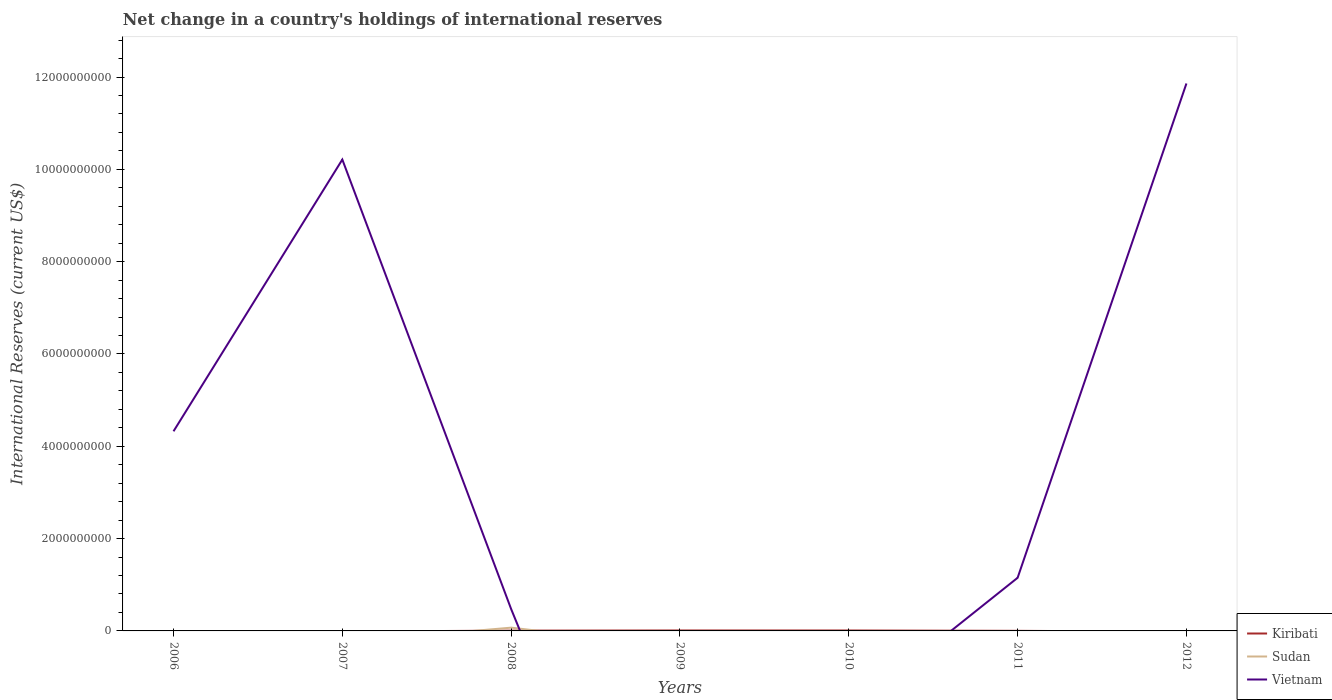
| Years | Kiribati | Sudan | Vietnam |
 | --- | --- | --- | --- |
 | 2006 | -9.53e+06 | -2.03e+08 | 4.32e+09 |
 | 2007 | -1.41e+07 | -2.45e+08 | 1.02e+10 |
 | 2008 | 6.53e+06 | 7.08e+07 | 4.74e+08 |
 | 2009 | 9.89e+06 | -3.56e+08 | -8.46e+09 |
 | 2010 | 9.5e+06 | -2.55e+07 | -1.76e+09 |
 | 2011 | 1.95e+06 | -6.75e+08 | 1.15e+09 |
 | 2012 | -1.71e+07 | -2.04e+07 | 1.19e+10 |